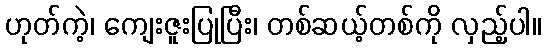
ဟုတ်ကဲ့၊ ကျေးဇူးပြုပြီး၊ တစ်ဆယ့်တစ်ကို လှည့်ပါ။